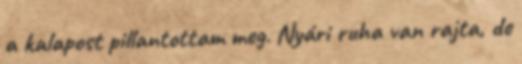
a kalapost pillantottam meg. Nyári ruha van rajta, de